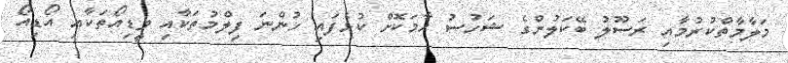
މަލާމާތްކުރުމާއި ރަސޫލު ބޭކަލުންގެ ޝަހުސު ހާމަކޮށް ކުޅެފައި ހުންނަ ފިލްމުތަކާއި ވީޑިއޯތަކާއި އޯޑިއޯ